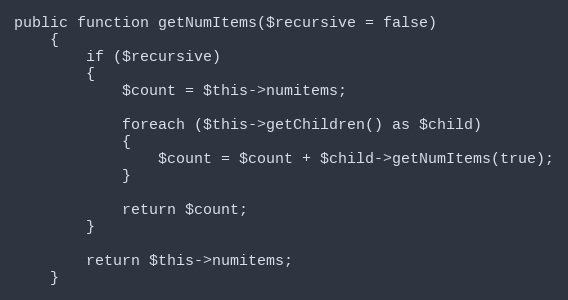
Language: PHP
public function getNumItems($recursive = false)
	{
		if ($recursive)
		{
			$count = $this->numitems;

			foreach ($this->getChildren() as $child)
			{
				$count = $count + $child->getNumItems(true);
			}

			return $count;
		}

		return $this->numitems;
	}